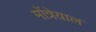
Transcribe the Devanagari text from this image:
मोंत्रेयाल